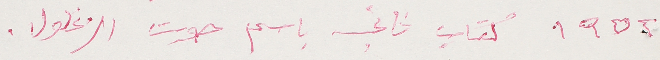
١٩٥٢ كتاب تاني باسم صوت الزغلول.